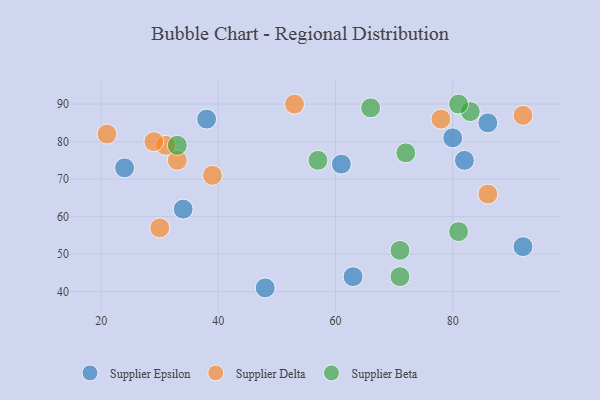
{"axis": {"x": "GDP", "y": "Life Expectancy"}, "legend": ["Supplier Beta", "Supplier Delta", "Supplier Epsilon"], "data": [{"x": "92", "y": 52, "type": "Supplier Epsilon"}, {"x": "61", "y": 74, "type": "Supplier Epsilon"}, {"x": "38", "y": 86, "type": "Supplier Epsilon"}, {"x": "80", "y": 81, "type": "Supplier Epsilon"}, {"x": "34", "y": 62, "type": "Supplier Epsilon"}, {"x": "24", "y": 73, "type": "Supplier Epsilon"}, {"x": "63", "y": 44, "type": "Supplier Epsilon"}, {"x": "86", "y": 85, "type": "Supplier Epsilon"}, {"x": "48", "y": 41, "type": "Supplier Epsilon"}, {"x": "82", "y": 75, "type": "Supplier Epsilon"}, {"x": "78", "y": 86, "type": "Supplier Delta"}, {"x": "21", "y": 82, "type": "Supplier Delta"}, {"x": "33", "y": 75, "type": "Supplier Delta"}, {"x": "31", "y": 79, "type": "Supplier Delta"}, {"x": "92", "y": 87, "type": "Supplier Delta"}, {"x": "29", "y": 80, "type": "Supplier Delta"}, {"x": "53", "y": 90, "type": "Supplier Delta"}, {"x": "86", "y": 66, "type": "Supplier Delta"}, {"x": "30", "y": 57, "type": "Supplier Delta"}, {"x": "39", "y": 71, "type": "Supplier Delta"}, {"x": "71", "y": 44, "type": "Supplier Beta"}, {"x": "72", "y": 77, "type": "Supplier Beta"}, {"x": "83", "y": 88, "type": "Supplier Beta"}, {"x": "66", "y": 89, "type": "Supplier Beta"}, {"x": "33", "y": 79, "type": "Supplier Beta"}, {"x": "71", "y": 51, "type": "Supplier Beta"}, {"x": "81", "y": 90, "type": "Supplier Beta"}, {"x": "81", "y": 56, "type": "Supplier Beta"}, {"x": "57", "y": 75, "type": "Supplier Beta"}]}